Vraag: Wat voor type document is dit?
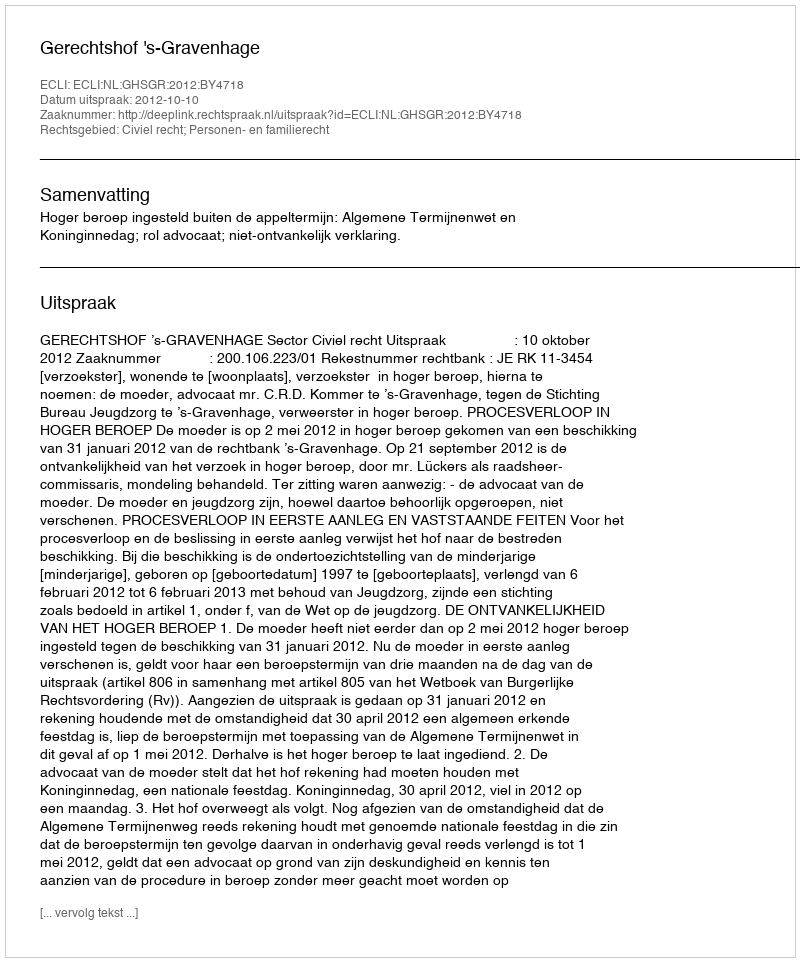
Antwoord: Uitspraak